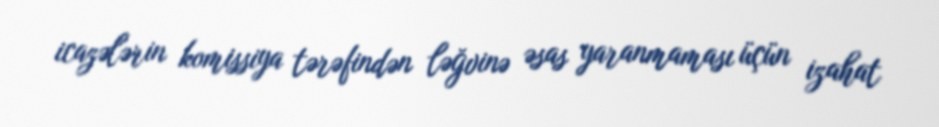
icazələrin komissiya tərəfindən ləğvinə əsas yaranmaması üçün izahat